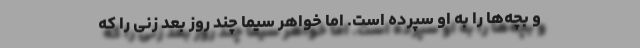
و بچه‌ها را به او سپرده است. اما خواهر سیما چند روز بعد زنی را که